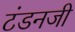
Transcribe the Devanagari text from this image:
टंडनजी